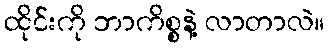
ထိုင်းကို ဘာကိစ္စနဲ့ လာတာလဲ။